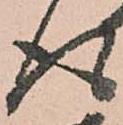
得